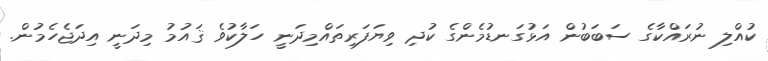
ކުއްލި ނުރައްކާގެ ސަބަބުން އަޅުގަނޑުމެންގެ ކުދި ވިޔަފަރިތައްމިދަނީ ހަލާކުވެ ޤައުމު މިދަނީ އިދަޖެހެމުން.